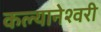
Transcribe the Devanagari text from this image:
कल्यानेश्वरी